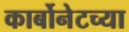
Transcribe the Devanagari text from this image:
कार्बोनेटच्या